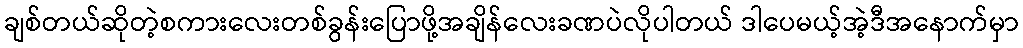
ချစ်တယ်ဆိုတဲ့စကားလေးတစ်ခွန်းပြောဖို့အချိန်လေးခဏပဲလိုပါတယ် ဒါပေမယ့်အဲ့ဒီအနောက်မှာ